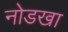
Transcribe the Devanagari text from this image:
नोडखा